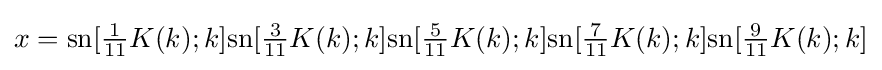
x={\text{sn}}[{\tfrac {1}{11}}K(k);k]{\text{sn}}[{\tfrac {3}{11}}K(k);k]{\text{sn}}[{\tfrac {5}{11}}K(k);k]{\text{sn}}[{\tfrac {7}{11}}K(k);k]{\text{sn}}[{\tfrac {9}{11}}K(k);k]